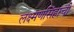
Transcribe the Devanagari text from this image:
लक्ष्मणसिंहाची